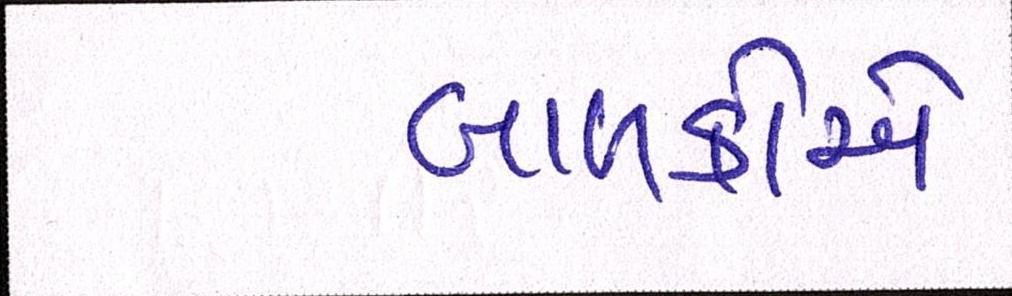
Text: બાળકોએ